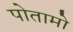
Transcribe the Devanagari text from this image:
पोतामो